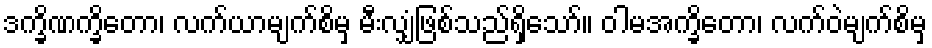
ဒက္ခိဏက္ခိတော၊ လက်ယာမျက်စိမှ မီးလျှံဖြစ်သည်ရှိသော်။ ဝါမအက္ခိတော၊ လက်ဝဲမျက်စိမှ